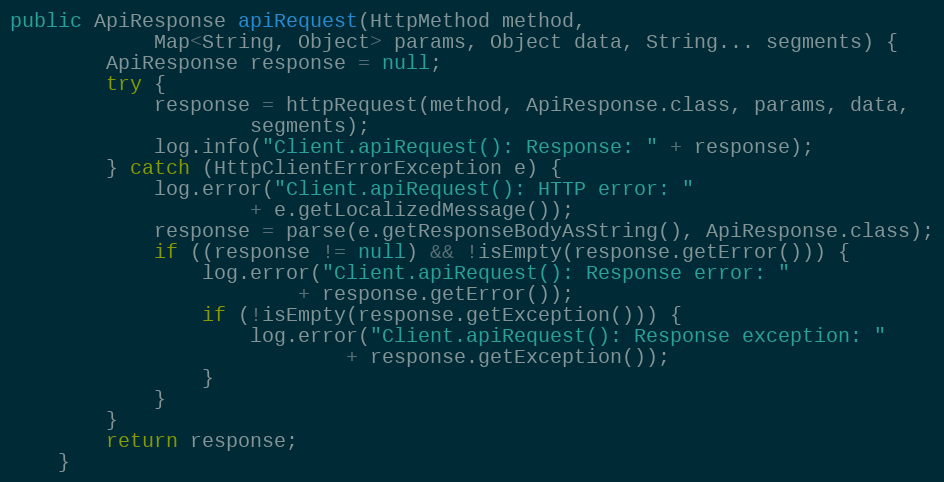
Language: Java
public ApiResponse apiRequest(HttpMethod method,
            Map<String, Object> params, Object data, String... segments) {
        ApiResponse response = null;
        try {
            response = httpRequest(method, ApiResponse.class, params, data,
                    segments);
            log.info("Client.apiRequest(): Response: " + response);
        } catch (HttpClientErrorException e) {
            log.error("Client.apiRequest(): HTTP error: "
                    + e.getLocalizedMessage());
            response = parse(e.getResponseBodyAsString(), ApiResponse.class);
            if ((response != null) && !isEmpty(response.getError())) {
                log.error("Client.apiRequest(): Response error: "
                        + response.getError());
                if (!isEmpty(response.getException())) {
                    log.error("Client.apiRequest(): Response exception: "
                            + response.getException());
                }
            }
        }
        return response;
    }